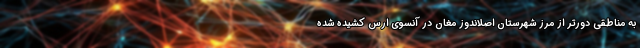
به مناطقی دورتر از مرز شهرستان اصلاندوز مغان در آنسوی ارس کشیده شده